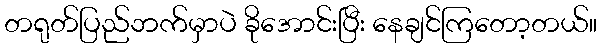
တရုတ်ပြည်ဘက်မှာပဲ ခိုအောင်းပြီး နေချင်ကြတော့တယ်။